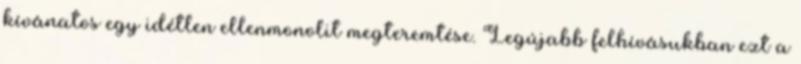
kívánatos egy idétlen ellenmonolit megteremtése. Legújabb felhívásukban ezt a